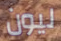
ليون